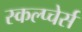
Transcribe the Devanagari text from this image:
स्कल्प्चेर्स